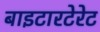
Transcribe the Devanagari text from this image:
बाइटारटेरेट